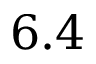
6 . 4